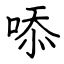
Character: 㖭